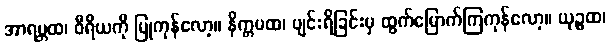
အာရမ္ဘထ၊ ဝီရိယကို ပြုကုန်လော့။ နိက္ကမထ၊ ပျင်းရိခြင်းမှ ထွက်မြောက်ကြကုန်လော့။ ယုဉ္ဇထ၊